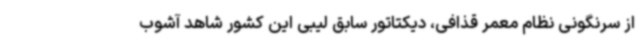
از سرنگونی نظام معمر قذافی، دیکتاتور سابق لیبی این کشور شاهد آشوب